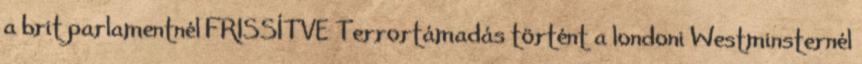
a brit parlamentnél FRISSÍTVE Terrortámadás történt a londoni Westminsternél